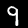
Label: 9